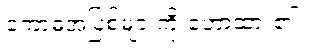
ကောဓအပြစ်များကို ဟောထား၏။